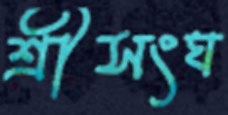
শ্রীসংঘ